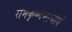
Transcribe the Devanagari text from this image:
रामकृष्णमाचार्य